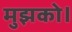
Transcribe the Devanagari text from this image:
मुझको।